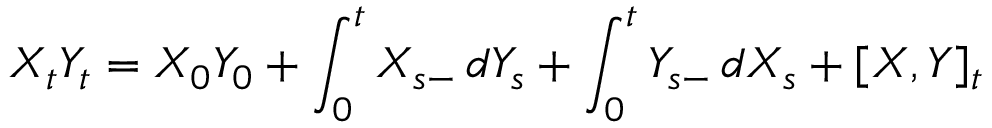
X _ { t } Y _ { t } = X _ { 0 } Y _ { 0 } + \int _ { 0 } ^ { t } X _ { s - } \, d Y _ { s } + \int _ { 0 } ^ { t } Y _ { s - } \, d X _ { s } + [ X , Y ] _ { t }